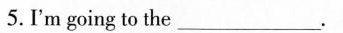
5.I'm going to the___.